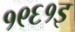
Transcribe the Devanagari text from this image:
१९६१इ